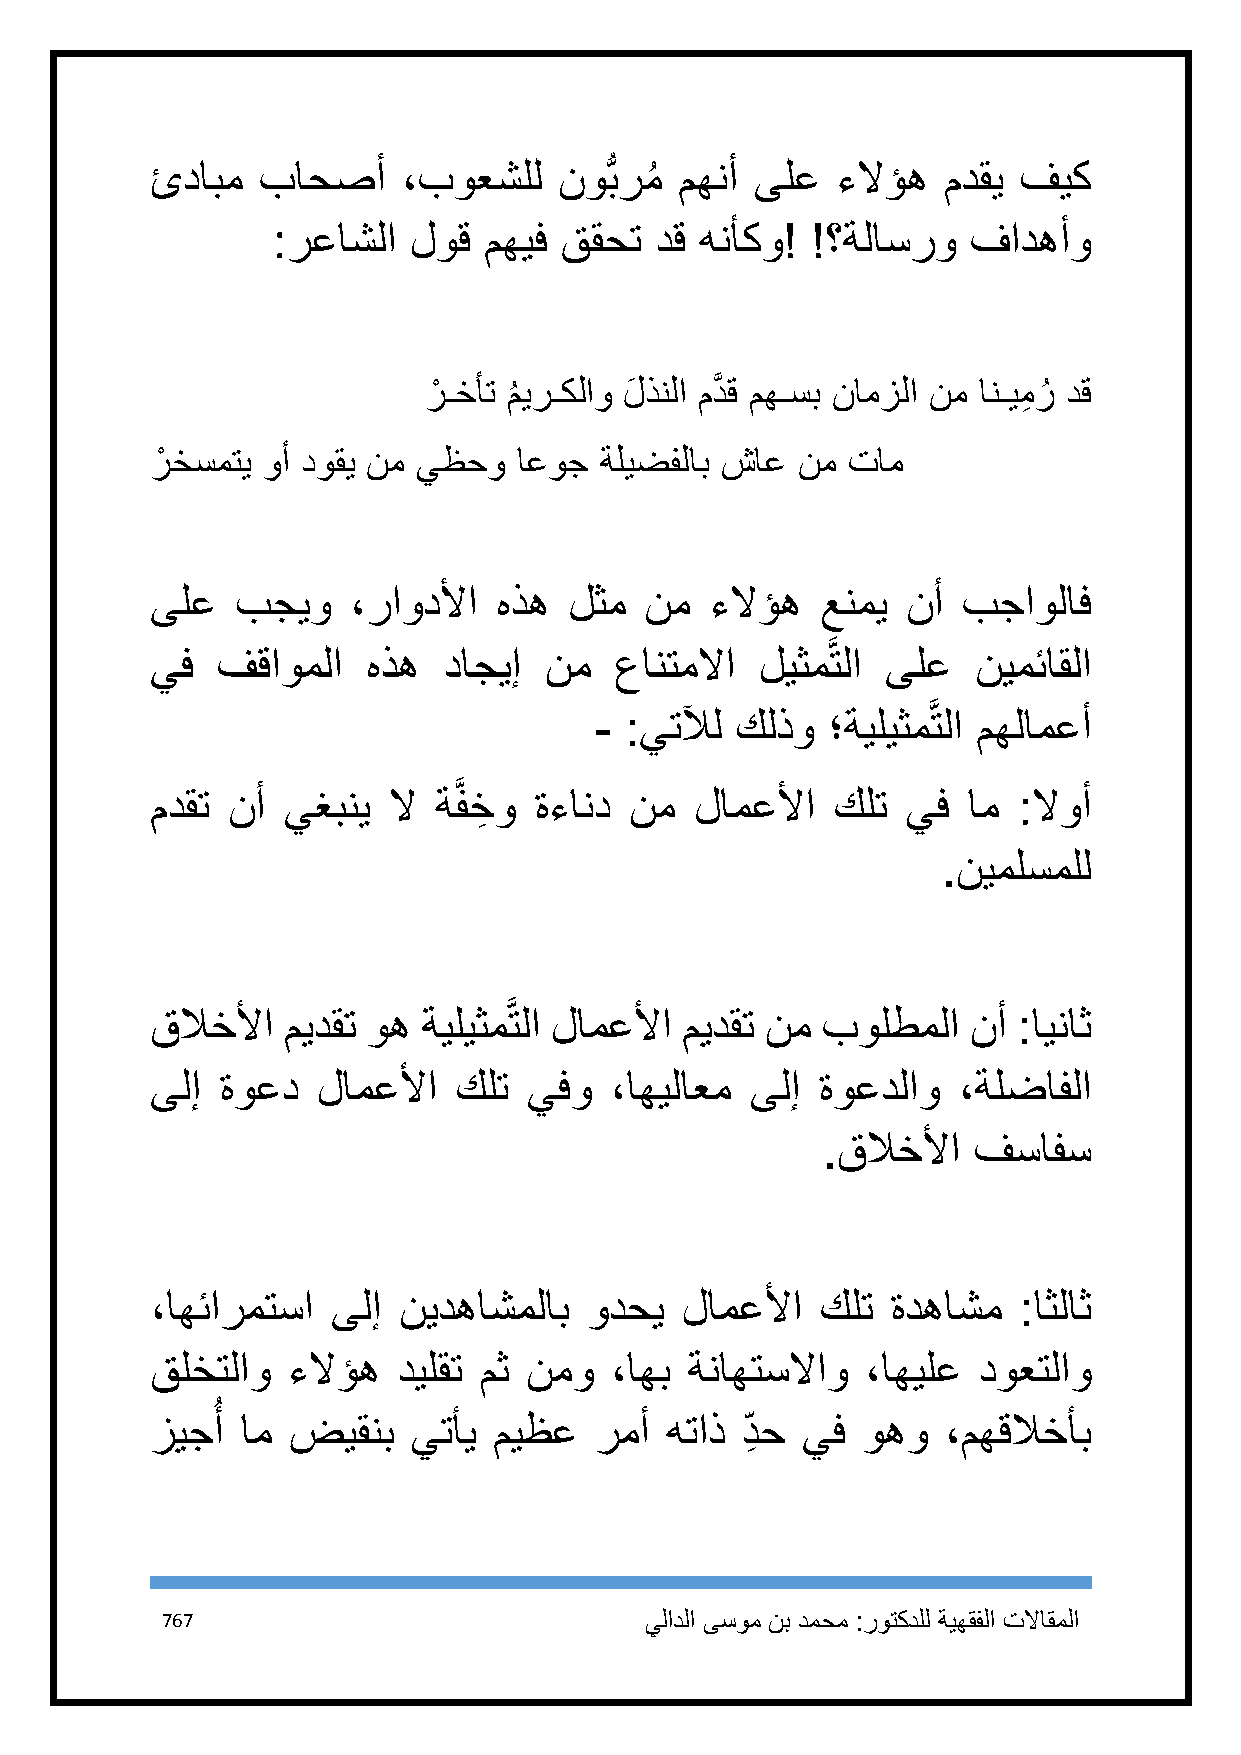
ئدابم  باحصأ     ،بوعشلل   نوُّبرمُ مهنأ ىلع ءلاؤه  مدقي فيك
 :رعاشلا  لوق  مهيف ققحت  دق هنأكو!  !؟ةلاسرو  فادهأو
 رْ ـخأت م
 ُ
 يرـكلاو لَ ذنلا مدَّ ق مهـسب نامزلا نم انـيمِ رُ دق
 رْ خسمتي وأ دوقي نم يظحو اعوج ةليضفلاب شاع نم تام
 ىلع   بجيو   ،راودلأا  هذه  لثم  نم  ءلاؤه  عنمي  نأ  بجاولاف
 يف  فقاوملا   هذه  داجيإ  نم   عانتملاا ليثمَّتلا ىلع  نيمئاقلا
 - :يتلآل  كلذو  ؛ةيليثمَّتلا مهلامعأ
 مدقت نأ  يغبني  لا ةَّفخِ و ةءاند نم لامعلأا كلت  يف  ام :لاوأ
 .نيملسملل
 قلاخلأا  ميدقت وه ةيليثمَّتلا لامعلأا ميدقت نم بولطملا نأ :ايناث
 ىلإ  ةوعد  لامعلأا  كلت  يفو  ،اهيلاعم  ىلإ ةوعدلاو  ،ةلضافلا
 .قلاخلأا  فسافس
 ،اهئارمتسا  ىلإ نيدهاشملاب   ودحي  لامعلأا  كلت  ةدهاشم  :اثلاث
 قلختلاو  ءلاؤه  ديلقت مث نمو  ،اهب  ةناهتسلااو ،اهيلع  دوعتلاو
 ُ
 زيجأ  ام ضيقنب   يتأي  ميظع  رمأ  هتاذ د ِ ح يف وهو  ،مهقلاخأب
 767                             يلادلا ىسوم نب دمحم :روتكدلل ةيهقفلا تلااقملا